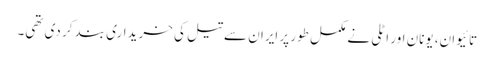
تائیوان، یونان اور اٹلی نے مکمل طور پر ایران سے تیل کی خریداری بند کر دی تھی۔